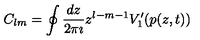
C _ { l m } = \oint \frac { d z } { 2 \pi \imath } z ^ { l - m - 1 } V _ { 1 } ^ { \prime } ( p ( z , t ) )